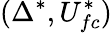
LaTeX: (\Delta^{*},U_{fc}^{*})